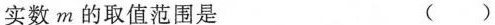
实数m的取值范围是 ()